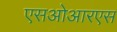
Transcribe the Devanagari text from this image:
एसओआरएस